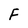
Character: F